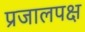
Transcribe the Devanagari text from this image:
प्रजालपक्ष